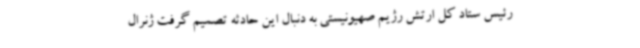
رئیس ستاد کل ارتش رژیم صهیونیستی به دنبال این حادثه تصمیم گرفت ژنرال